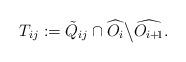
LaTeX: \begin{align*}T_{ij}:=\tilde{Q}_{ij}\cap \widehat{O_i}\big\backslash {\widehat{O_{i+\!1}}}.\end{align*}